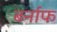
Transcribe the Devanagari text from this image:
बर्नाफ